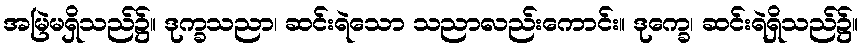
အမြဲမရှိသည်၌။ ဒုက္ခသညာ၊ ဆင်းရဲသော သညာလည်းကောင်း။ ဒုက္ခေ၊ ဆင်းရဲရှိသည်၌။